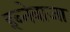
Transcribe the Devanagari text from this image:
इब्नेबाजा